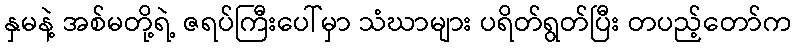
နှမနဲ့ အစ်မတို့ရဲ့ ဇရပ်ကြီးပေါ်မှာ သံဃာများ ပရိတ်ရွတ်ပြီး တပည့်တော်က